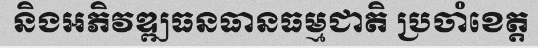
និងអភិវឌ្ឍធនធានធម្មជាតិ ប្រចាំខេត្ត